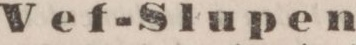
Vef-Slupen